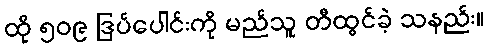
ထို ၅၀၉ ဒြပ်ပေါင်းကို မည်သူ တီထွင်ခဲ့ သနည်း။